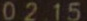
02 15